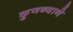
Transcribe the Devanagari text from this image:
कुणब्याने